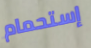
إستحمام